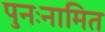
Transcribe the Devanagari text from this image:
पुनःनामित